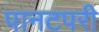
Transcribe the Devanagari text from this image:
पानटपरी